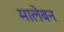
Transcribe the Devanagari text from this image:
मालेबन